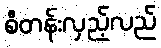
စီတန်းလှည့်လည်